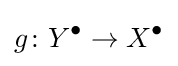
g\colon Y^{\bullet }\to X^{\bullet }